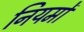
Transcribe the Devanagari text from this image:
नियमों